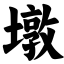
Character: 墩